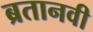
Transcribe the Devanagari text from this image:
ब्रतानवी